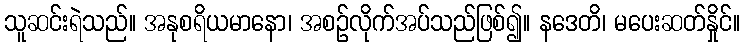
သူဆင်းရဲသည်။ အနုစရိယမာနော၊ အစဉ်လိုက်အပ်သည်ဖြစ်၍။ နဒေတိ၊ မပေးဆတ်နှိုင်။